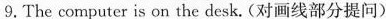
9.The computer is on the desk. (对画线部分提问)